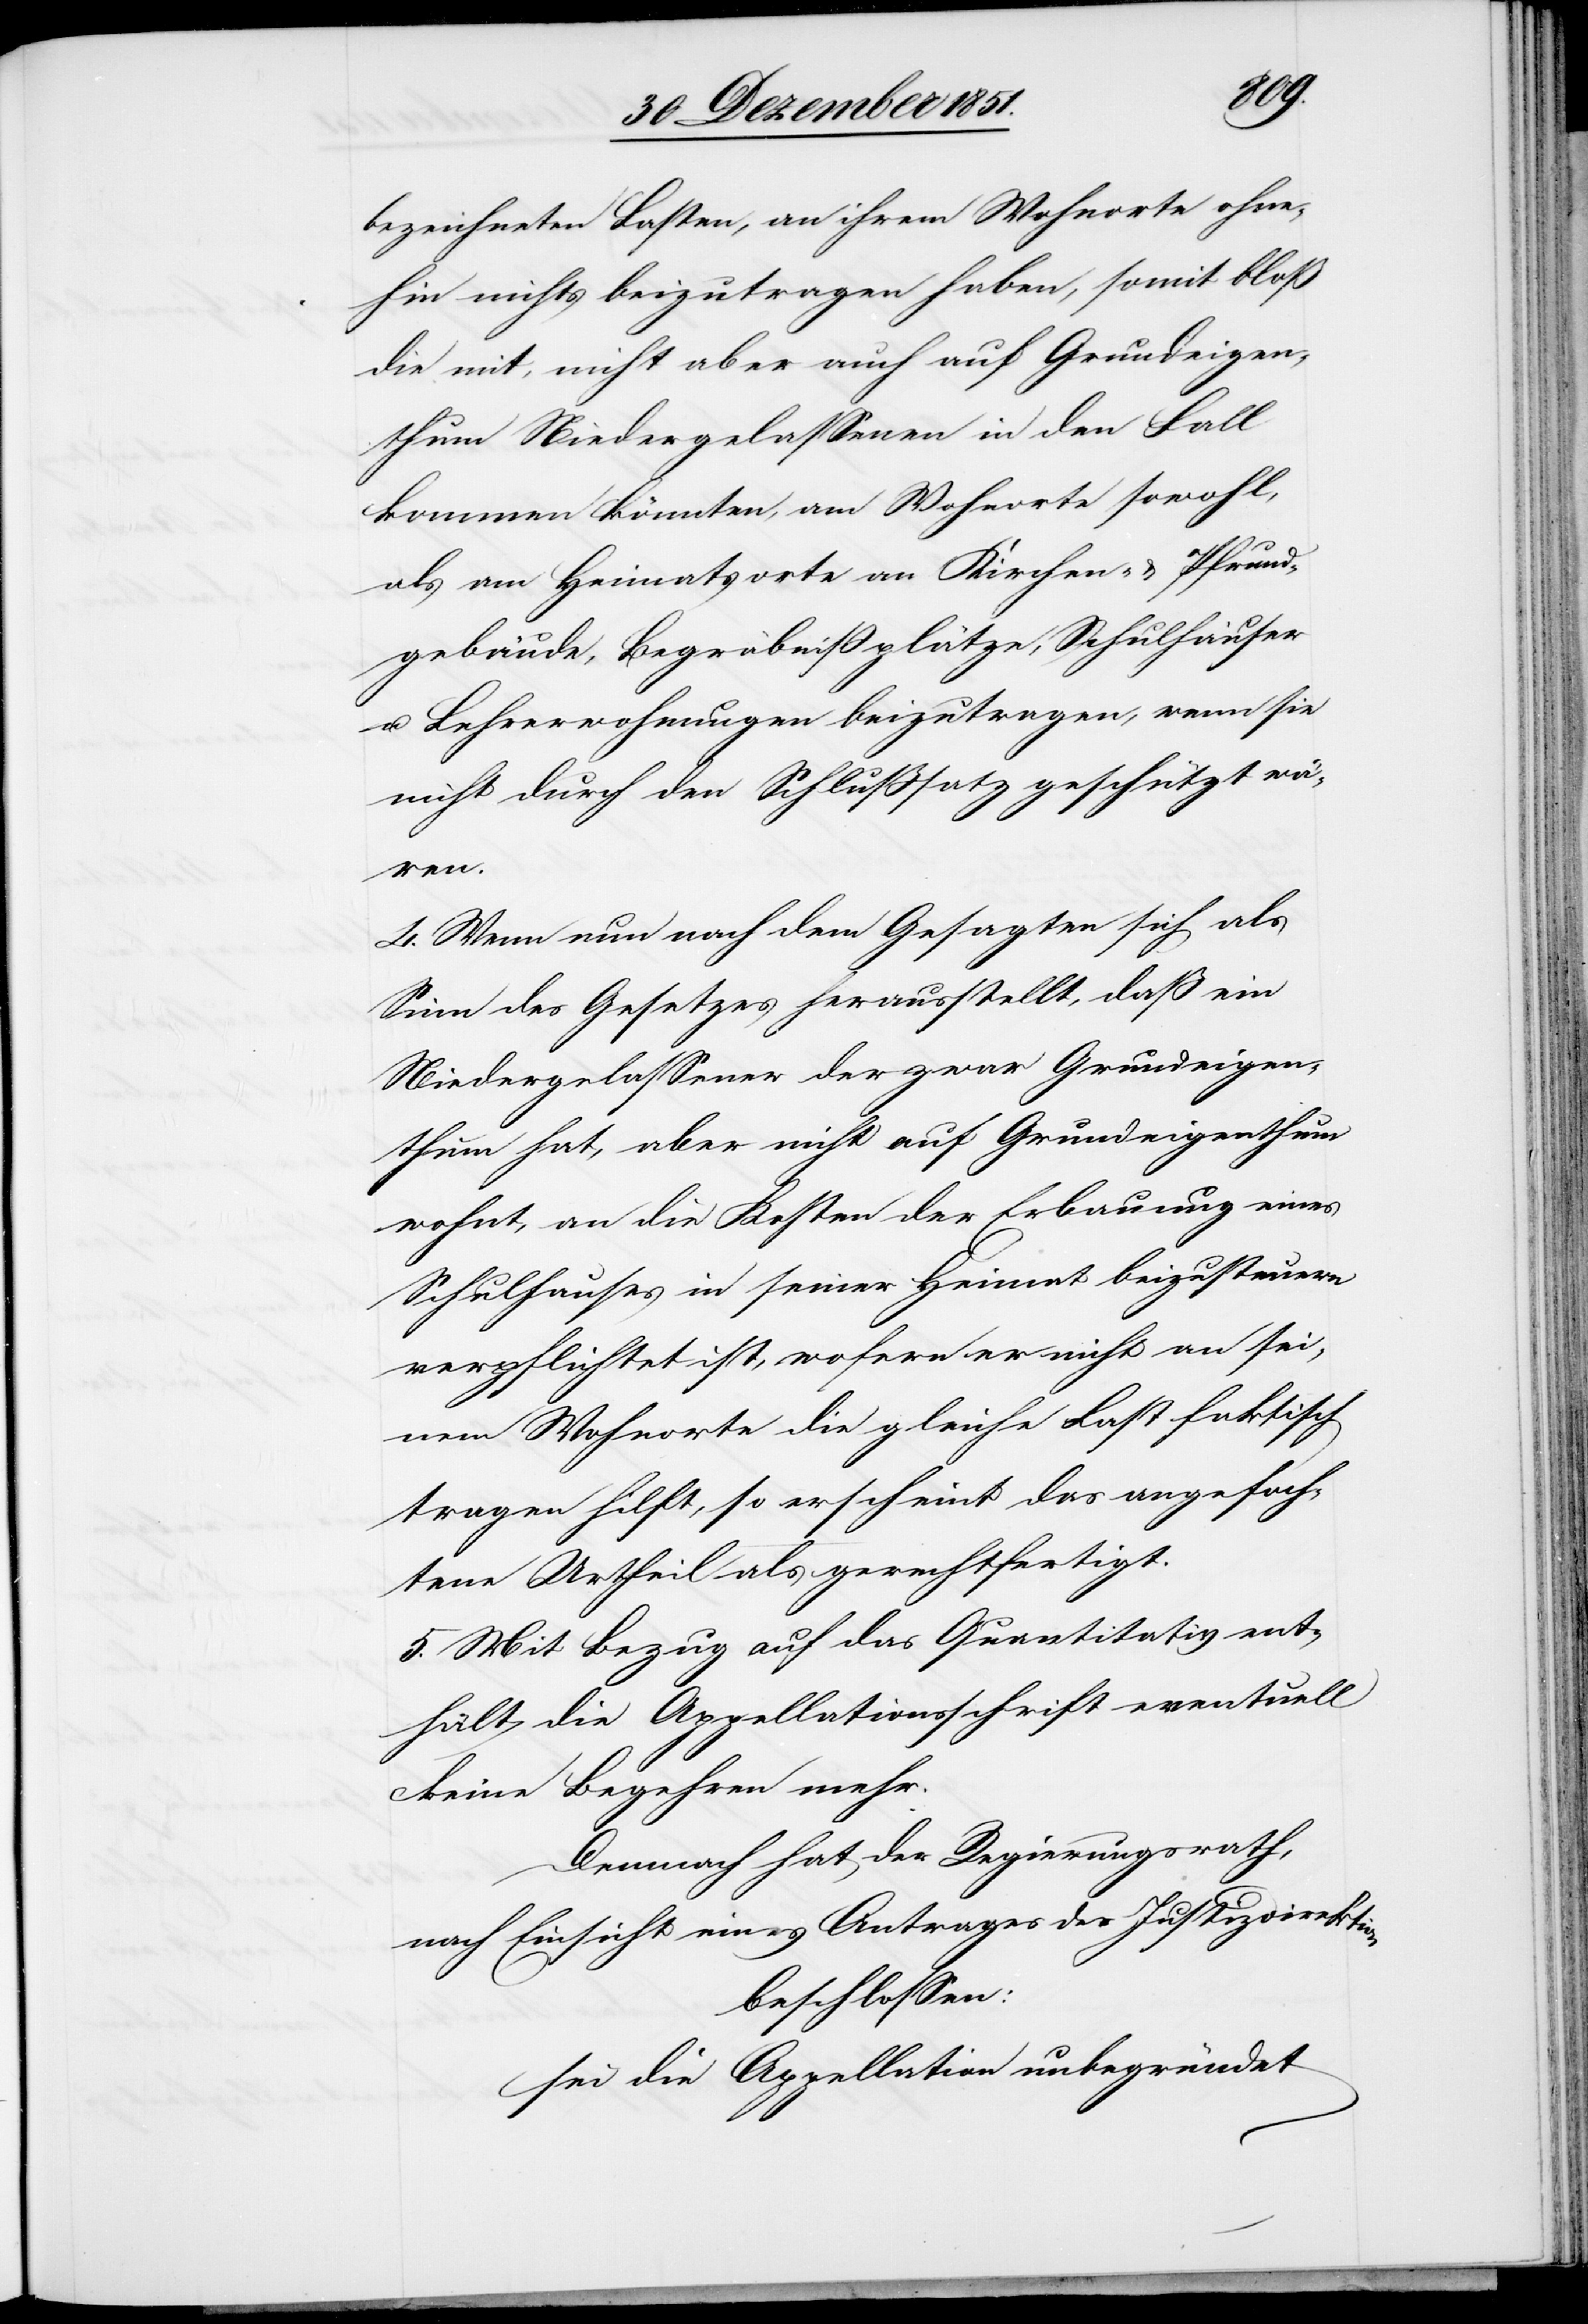
bezeichneten Lasten, an ihrem Wohnorte ohne¬
hin nichts beizutragen haben, somit bloß
die mit, nicht aber auch auf Grundeigen¬
thum Niedergelassenen in den Fall
kommen könnten, am Wohnorte sowohl,
als am Heimatsorte an Kirchen- & Pfrund¬
gebäude, Begräbnißplätze, Schulhäuser
u. Lehrerwohnungen beizutragen, wenn sie
nicht durch den Schlußsatz geschützt wä¬
ren.
4. Wenn nun nach dem Gesagten sich als
Sinn des Gesetzes herausstellt, daß ein
Niedergelassener der zwar Grundeigen¬
thum hat, aber nicht auf Grundeigenthum
wohnt, an die Kosten der Erbauung eines
Schulhauses in seiner Heimat beizusteuern
verpflichtet ist, wofern er nicht an sei¬
nem Wohnorte die gleiche Last faktisch
tragen hilft, so erscheint das angefoch¬
tene Urtheil als gerechtfertigt.
5. Mit Bezug auf das Quantitativ ent¬
hält die Appellationsschrift eventuell
keine Begehren mehr.
Demnach hat der Regierungsrath,
nach Einsicht eines Antrages der Justizdirektion
beschlossen:
sei die Appellation unbegründet